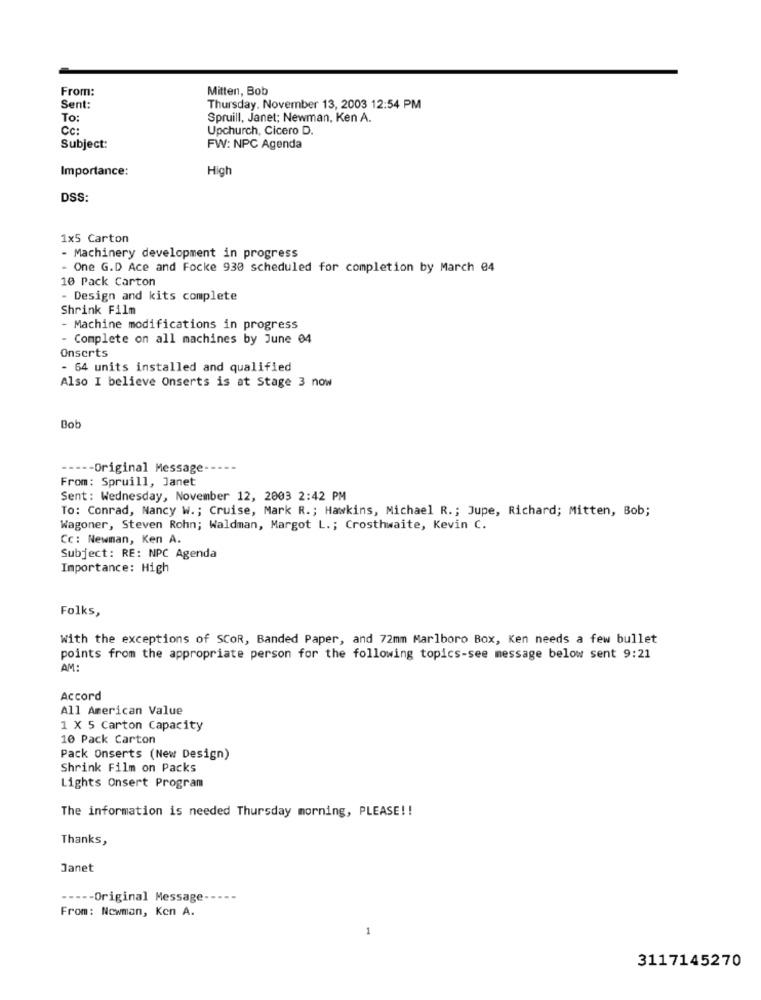
From:
Mitten, Bob
Sent:
Thursday. November 13, 2003 12:54 PM
To:
Spruill, Janet; Newman, Ken A.
Cc:
Upchurch, Cicero D.
Subject:
FW: NPC Agenda
Importance:
High
DSS:
1x5 Carton
- Machinery development in progress
- One G.D Ace and Focke 930 scheduled for completion by March 04
10 Pack Carton
- Design and kits complete
Shrink Film
- Machine modifications in progress
- Complete on all machines by June 04
Onserts
- 64 units installed and qualified
Also I believe Onserts is at Stage 3 now
Bob
----- Original Message-
From: Spruill, Janet
Sent: Wednesday, November 12, 2003 2:42 PM
To: Conrad, Nancy W .; Cruise, Mark R .; Hawkins, Michael R .; Jupe, Richard; Mitten, Bob;
Wagoner, Steven Rohn; Waldman, Margot L .; Crosthwaite, Kevin C.
Cc: Newman, Ken A.
Subject: RE: NPC Agenda
Importance: High
Folks,
With the exceptions of SCOR, Banded Paper, and 72mm Marlboro Box, Ken needs a few bullet
points from the appropriate person for the following topics-see message below sent 9:21
AM:
Accord
All American Value
1 X 5 Carton Capacity
10 Pack Carton
Pack Onserts (New Design)
Shrink Film on Packs
Lights Onsert Program
The information is needed Thursday morning, PLEASE !!
Thanks,
Janet
--- Original Message
From: Newman, Ken A.
3117145270